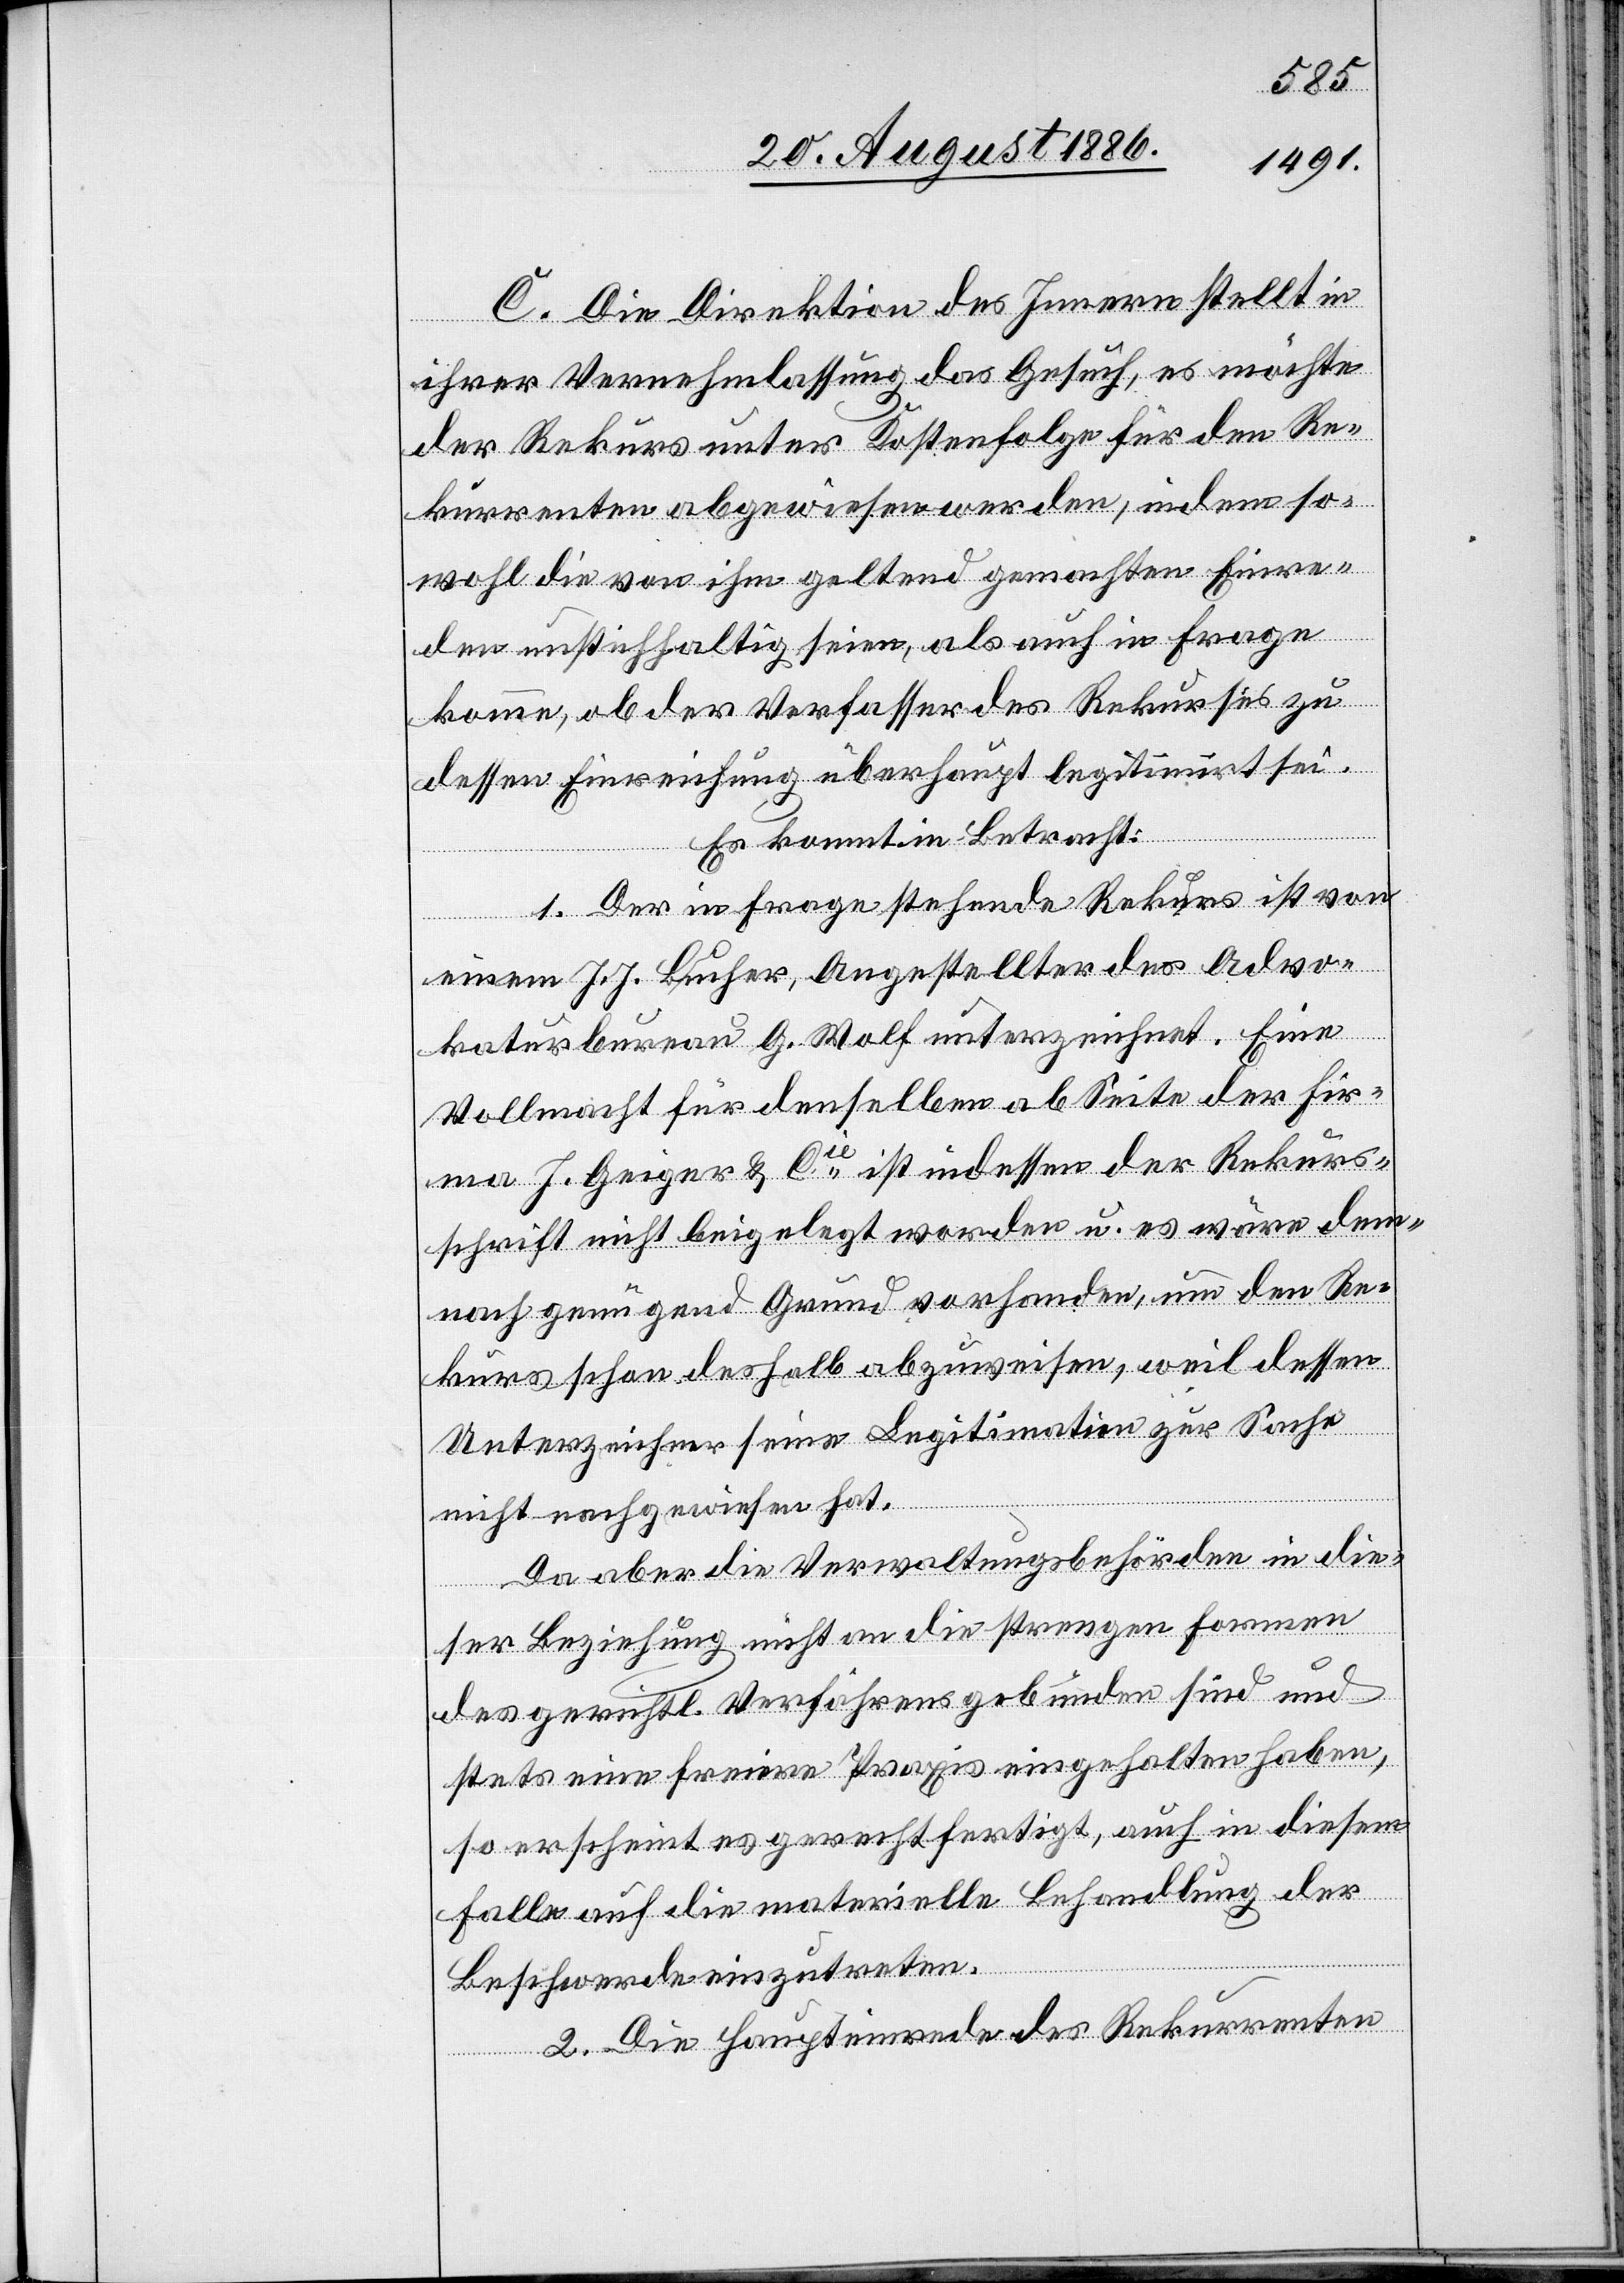
C. Die Direktion des Innern stellt in
ihrer Vernehmlassung das Gesuch, es möchte
der Rekurs unter Kostenfolge für den Re¬
kurrenten abgewiesen werden, indem so¬
wohl die von ihm geltend gemachten Einre¬
den unstichhaltig seien, als auch in Frage
komme, ob der Verfasser des Rekurses zu
dessen Einreichung überhaupt legitimirt sei.
Es kommt in Betracht:
1. Der in Frage stehende Rekurs ist von
einem J. J. Bucher, Angestellter des Advo¬
katurbureau G. Wolf unterzeichnet. Eine
Vollmacht für denselben ab Seite der Fir¬
ma J. Geiger & Cie ist indessen der Rekurs¬
schrift nicht beigelegt worden u. es wäre dem¬
nach genügend Grund vorhanden, um den Re¬
kurs schon deshalb abzuweisen, weil dessen
Unterzeichner seine Legitimation zur Sache
nicht nachgewiesen hat.
Da aber die Verwaltungsbehörden in die¬
ser Beziehung nicht an die strengen Formen
des gerichtl. Verfahrens gebunden sind und
stets eine freie Praxis eingehalten haben,
so erscheint es gerechtfertigt, auch in diesem
Falle auf die materielle Behandlung der
Beschwerde einzutreten.
2. Die Haupteinrede des Rekurrenten